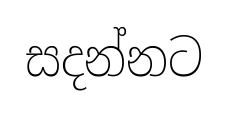
සදන්නට